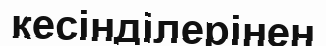
кесінділерінен